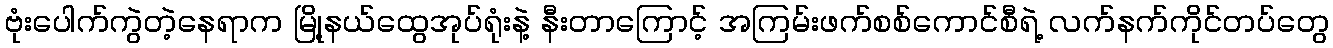
ဗုံးပေါက်ကွဲတဲ့နေရာက မြို့နယ်ထွေအုပ်ရုံးနဲ့ နီးတာကြောင့် အကြမ်းဖက်စစ်ကောင်စီရဲ့ လက်နက်ကိုင်တပ်တွေ